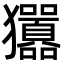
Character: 㺧